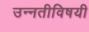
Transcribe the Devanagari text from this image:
उन्नतीविषयी